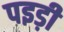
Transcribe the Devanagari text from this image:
पइड़ी